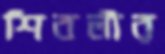
শিবলীর